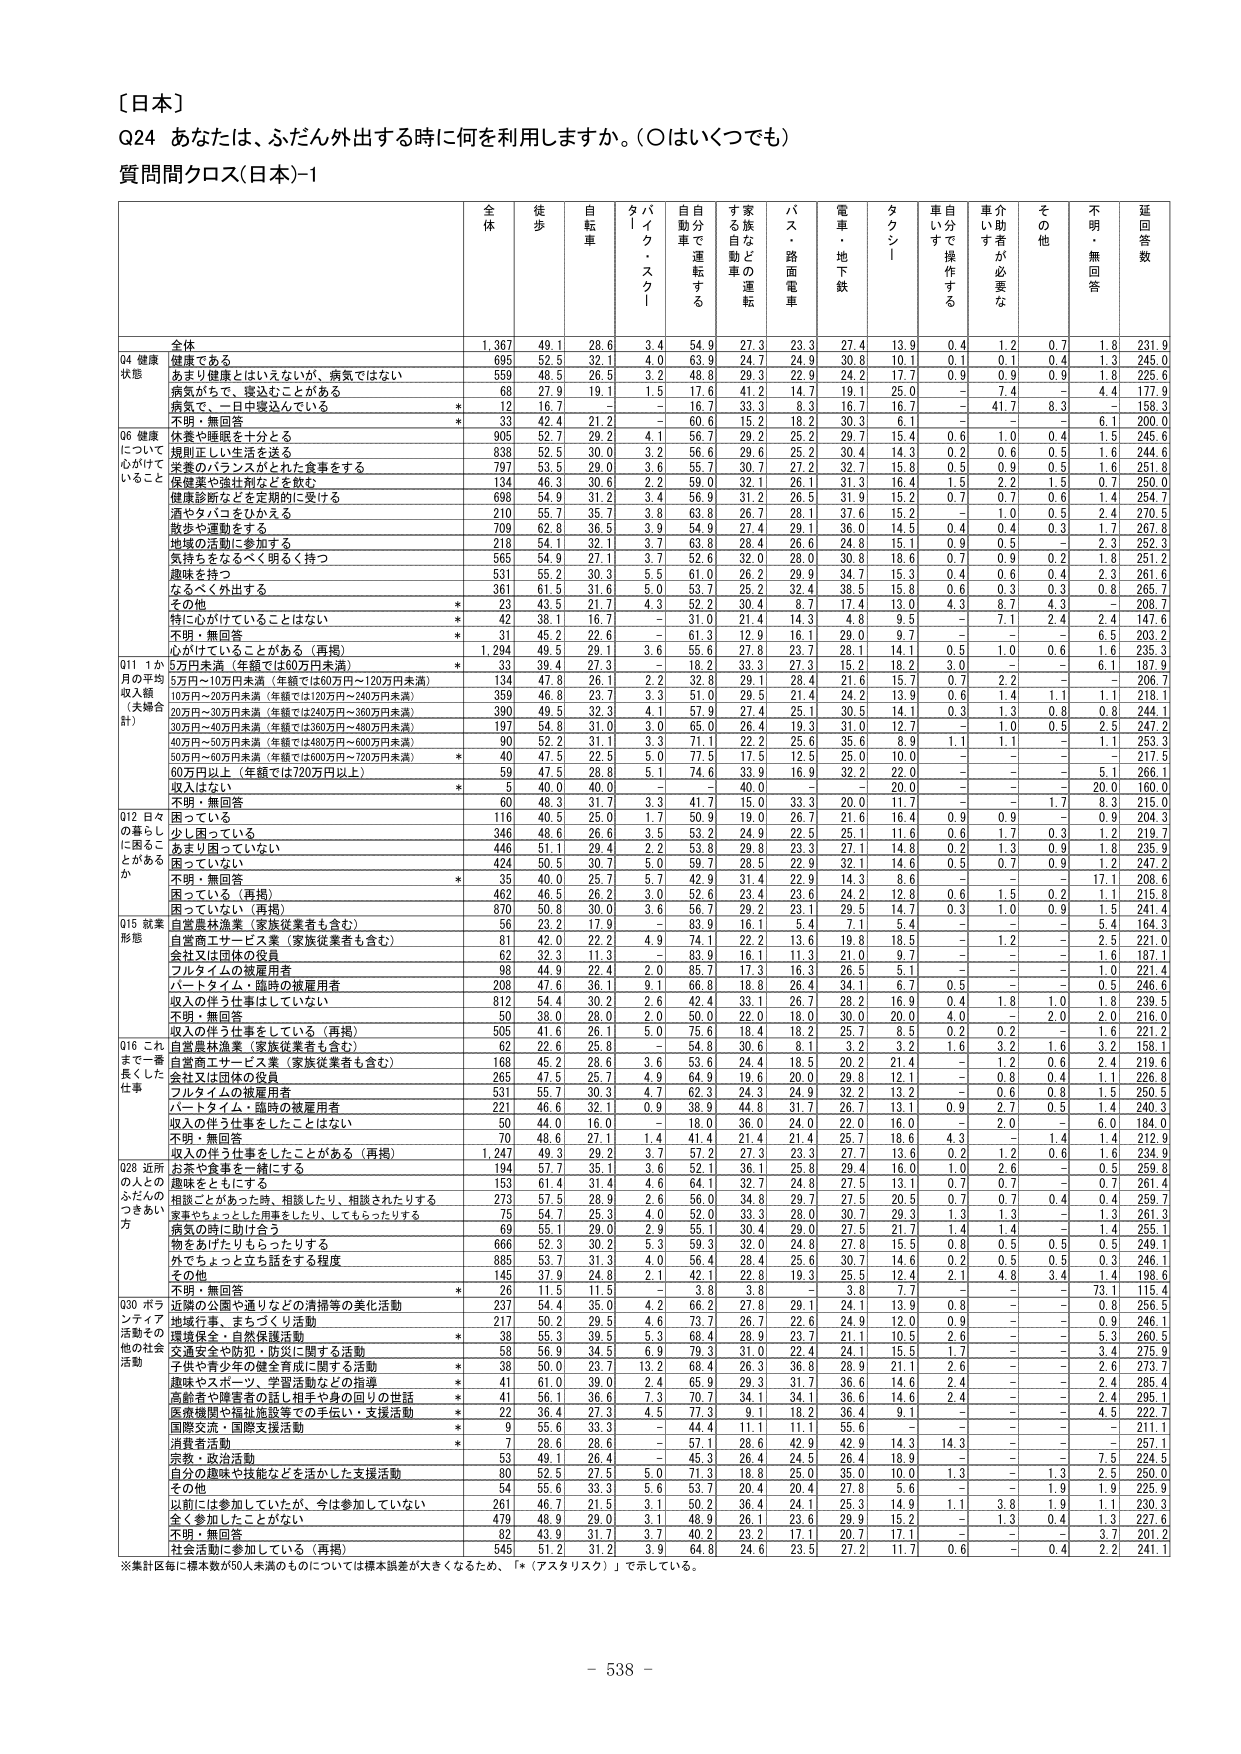
〔日本〕

Q24 あなたは、ふだん外出する時に何を利用しますか。（○はいくつでも）

質問間クロス（日本）-1

全体 徒歩 自転車 タイム・スクール 自動車で運転する 家族などの運転 バス・路面電車 電車・地下鉄 タクシー 車自らで操作する 介助者が必要な その他 不明・無回答 延回答数

全体 1,367 49.1 28.6 3.4 54.9 27.3 23.3 27.4 13.9 0.4 1.2 0.7 1.8 231.9

Q4 健康状態
健康である 695 52.5 32.1 4.0 63.9 24.7 24.9 30.8 10.1 0.1 0.1 0.4 1.3 245.0
あまり健康とはいえないが、病気ではない 559 48.5 26.5 3.2 48.8 29.3 22.9 24.2 17.7 0.9 0.9 0.9 1.8 225.6
病気があって、寝込むことがある 68 27.9 19.1 1.5 17.6 41.2 14.7 19.1 25.0 - 7.4 - 4.4 177.9
病気で、一日中寝込んでいる * 12 16.7 - - 16.7 33.3 8.3 16.7 16.7 - 41.7 8.3 - 158.3
不明・無回答 * 33 42.4 21.2 - 60.6 15.2 18.2 30.3 6.1 - - - 6.1 200.0

Q6 健康について心がけていること
休養や睡眠を十分とる 905 52.7 29.2 4.1 56.7 29.2 25.2 29.7 15.4 0.6 1.0 0.4 1.5 245.6
規則正しい生活を送る 838 52.5 30.0 3.2 56.6 29.6 25.2 30.4 14.3 0.2 0.6 0.5 1.6 244.6
栄養のバランスがとれた食事をする 797 53.5 29.0 3.6 55.7 30.7 27.2 32.7 15.8 0.5 0.9 0.5 1.6 251.8
健康薬や強壮剤などを飲む 134 46.3 30.6 2.2 59.0 32.1 26.1 31.3 16.4 1.5 2.2 1.5 0.7 250.0
健康診断などを定期的に受ける 698 54.9 31.2 3.4 56.9 31.2 26.5 31.9 15.2 0.7 0.7 0.6 1.4 254.7
酒やタバコをひかえる 210 55.7 35.7 3.8 63.8 26.7 28.1 37.6 15.2 - 1.0 0.5 2.4 270.5
散歩や運動をする 709 62.8 36.5 3.9 54.9 27.4 29.1 36.0 14.5 0.4 0.4 0.3 1.7 267.8
地域の活動に参加する 218 54.1 32.1 3.7 63.8 28.4 26.6 24.8 15.1 0.9 0.5 - 2.3 252.3
気持ちをなるべく明るく持つ 563 54.9 27.1 3.7 52.6 32.0 26.0 30.8 18.6 0.7 0.9 0.2 1.8 251.2
趣味を持つ 531 55.2 30.3 5.5 61.0 28.2 29.9 34.5 15.3 0.4 0.6 0.4 2.3 261.6
なるべく外出する 381 61.5 31.6 5.0 53.2 32.4 32.4 39.5 15.8 0.6 0.3 0.3 0.8 263.7
その他 * 23 43.5 21.7 4.3 52.2 30.4 8.7 17.4 13.0 4.3 8.7 4.3 - 208.7
特に心がけていることはない * 42 38.1 16.7 - 31.0 21.4 14.3 4.8 9.5 - 7.1 2.4 2.4 147.6
不明・無回答 * 31 45.2 22.6 - 61.3 12.9 16.1 29.0 9.7 - - - 6.5 203.2
心がけていることがある（再掲） 1,294 49.5 29.1 3.6 55.6 27.8 23.7 28.1 14.1 0.5 1.0 0.6 1.6 235.3

Q11 1か月の平均収入額（夫婦合計）
5万円未満（年額では60万円未満） * 33 39.4 27.3 - 18.2 33.3 27.3 15.2 18.2 3.0 - - 6.1 187.9
5万円～10万円未満（年額では60万円～120万円未満） 134 47.8 26.1 2.2 32.8 29.1 28.4 21.6 15.7 0.7 2.2 - - 206.7
10万円～20万円未満（年額では120万円～240万円未満） 359 46.8 23.7 3.3 51.0 29.5 21.4 24.2 13.9 0.6 1.4 1.1 1.1 218.1
20万円～30万円未満（年額では240万円～360万円未満） 390 49.5 32.3 4.1 57.9 27.4 25.1 30.5 14.1 0.3 1.3 0.8 0.8 244.1
30万円～40万円未満（年額では360万円～480万円未満） 197 54.8 31.0 3.0 65.0 26.4 19.3 31.0 12.7 - 1.0 0.5 2.5 247.2
40万円～50万円未満（年額では480万円～600万円未満） 90 52.2 31.1 3.3 71.1 22.2 25.6 35.6 8.9 1.1 1.1 - 1.1 253.3
50万円～60万円未満（年額では600万円～720万円未満） * 40 47.5 22.5 5.0 77.5 17.5 12.5 25.0 10.0 - - - - 217.5
60万円以上（年額では720万円以上） 59 47.5 28.8 5.1 74.6 33.9 16.9 32.2 22.0 - - - 5.1 266.1
収入はない * 5 40.0 40.0 - - 40.0 - - 20.0 - - - 20.0 160.0
不明・無回答 60 48.3 31.7 3.3 41.7 15.0 33.3 20.0 11.7 - - 1.7 8.3 215.0

Q12 日々の暮らしに困ることがあるか
困っている 116 40.5 25.0 1.7 50.9 19.0 26.7 21.6 16.4 0.9 0.9 - 0.9 204.3
少し困っている 346 48.6 26.6 3.5 53.2 24.9 22.5 25.1 11.6 0.6 1.7 0.3 1.2 219.7
あまり困っていない 446 51.1 29.4 2.2 53.8 29.8 23.3 27.1 14.8 0.2 1.3 0.9 1.8 235.9
困っていない 424 50.5 30.7 5.0 59.7 28.5 22.9 32.1 14.6 0.5 0.7 0.9 1.2 247.2
不明・無回答 * 35 40.0 25.7 5.7 42.9 31.4 22.9 14.3 8.6 - - - 17.1 208.6
困っている（再掲） 462 46.5 26.2 3.0 52.6 23.4 23.6 24.2 12.8 0.6 1.5 0.2 1.1 215.8
困っていない（再掲） 870 50.8 30.0 3.6 56.7 29.2 23.1 29.5 14.7 0.3 1.0 0.9 1.5 241.4

Q15 就業形態
自営業従業者（家族従業者も含む） 56 23.2 17.9 - 83.9 16.1 25.0 7.1 5.4 - - - 5.4 164.3
自営商工サービス業（家族従業者も含む） 81 42.0 22.2 4.9 74.1 22.2 13.6 19.8 18.5 - 1.2 - 2.5 221.0
会社又は団体の役員 62 32.3 11.3 - 83.9 16.1 11.3 21.0 9.7 - - - 1.6 187.1
フルタイムの被雇用者 98 44.9 22.4 2.0 85.7 17.3 16.3 26.5 5.1 - - - 1.0 221.4
パートタイム・臨時の被雇用者 208 47.6 36.1 9.1 66.8 18.8 26.4 34.1 6.7 0.5 - - 0.5 246.6
収入の伴う仕事はしていない 812 54.4 30.2 2.6 42.4 33.1 26.7 28.2 16.9 0.4 1.8 1.0 1.8 239.5
不明・無回答 50 38.0 28.0 2.0 50.0 22.0 18.0 30.0 20.0 4.0 - 2.0 2.0 216.0

Q16 これまで一番長くした仕事
収入の伴う仕事をしている（再掲） 505 41.6 26.1 5.0 75.6 18.4 18.2 25.7 8.5 0.2 0.2 - 1.6 221.2
自営農林漁業（家族従業者も含む） 62 22.6 25.8 - 54.8 30.6 8.1 3.2 3.2 1.6 3.2 1.6 3.2 158.1
自営商工サービス業（家族従業者も含む） 168 45.2 28.6 3.6 53.6 24.4 18.5 20.2 21.4 - 1.2 0.6 2.4 219.6
会社又は団体の役員 265 47.5 25.7 4.9 64.9 19.6 20.0 29.8 12.1 - 0.8 0.4 1.1 226.8
フルタイムの被雇用者 531 55.7 30.3 4.7 62.3 24.3 24.9 32.2 13.2 - 0.6 0.8 1.5 250.5
パートタイム・臨時の被雇用者 221 46.6 32.1 0.9 38.9 44.8 31.7 26.7 13.1 0.9 2.7 0.5 1.4 240.3
収入の伴う仕事をしたことはない 50 44.0 16.0 - 18.0 36.0 24.0 22.0 16.0 - 2.0 - 6.0 184.0
不明・無回答 70 48.6 27.1 1.4 41.4 21.4 21.4 25.7 18.6 4.3 - 1.4 1.4 212.9
収入の伴う仕事をしたことがある（再掲） 1,247 49.3 29.2 3.7 57.2 27.3 23.3 27.7 13.6 0.2 1.2 0.6 1.6 234.9

Q28 近所の人とのふだんのつきあい方
お茶や食事を一緒にする 194 57.7 35.1 3.6 52.1 36.1 25.8 29.4 16.0 1.0 2.6 - 0.5 259.8
趣味をともにする 153 61.4 31.4 4.6 64.1 32.7 24.8 27.5 13.1 0.7 0.7 - 0.7 261.4
相談ごとがあった時、相談したり、相談されたりする 273 57.5 28.9 2.6 56.0 34.8 29.7 27.5 20.5 0.7 0.7 0.4 0.4 259.7
家事やちょっとした用事をしたり、してもらったりする 75 54.7 25.3 4.0 52.0 33.3 28.0 30.7 29.3 1.3 1.3 - 1.3 261.3
病気の時に助け合う 69 55.1 29.0 2.9 55.1 30.4 29.0 27.5 21.7 1.4 1.4 - 1.4 255.1
物をあげたりもらったりする 886 52.3 30.2 5.3 59.3 32.0 24.8 27.8 15.5 0.8 0.5 0.5 0.5 249.1
外でちょっと立ち話をする程度 885 53.7 31.3 4.0 56.4 28.4 25.6 30.7 14.6 0.2 0.5 0.5 0.3 246.1
その他 145 37.9 24.8 2.1 42.1 22.8 19.3 25.5 12.4 2.1 4.8 3.4 1.4 198.6
不明・無回答 * 28 11.5 11.5 - 3.8 3.8 - 3.8 7.7 - - - 73.1 115.4

Q30 ボランティア活動その他の社会活動
近隣の公園や通りなどの清掃等の美化活動 237 54.4 35.0 4.2 66.2 27.8 29.1 24.1 13.9 0.8 - - 0.8 256.5
地域行事、まちづくり活動 217 50.2 29.5 4.6 73.7 26.7 22.6 24.9 12.0 0.9 - - 0.9 246.1
環境保全・自然保護活動 * 38 55.3 39.5 5.3 68.4 28.9 23.7 21.1 10.5 2.6 - - 5.3 260.5
交通安全や防犯・防災に関する活動 58 56.9 34.5 6.9 79.3 31.0 22.4 24.1 15.5 1.7 - - 3.4 275.9
子供や青少年の健全育成に関する活動 * 38 50.0 23.7 13.2 68.4 26.3 36.8 28.9 21.1 2.6 - - 2.6 273.7
趣味やスポーツ、学習活動などの指導 * 41 61.0 39.0 2.4 65.9 29.3 31.7 36.6 14.6 2.4 - - 2.4 285.4
高齢者や障害者の話し相手や身の回りの世話 * 41 56.1 36.6 7.3 70.7 34.1 34.1 36.6 14.6 2.4 - - 2.4 295.1
医療機関や福祉施設等での手伝い・支援活動 * 22 36.4 27.3 4.5 77.3 9.1 18.2 36.4 9.1 - - - 4.5 222.7
国際交流・国際支援活動 * 9 55.6 33.3 - 44.4 11.1 11.1 55.6 - - - - - 211.1
消費者活動 * 7 28.6 28.6 - 57.1 28.6 42.9 42.9 14.3 14.3 - - - 257.1
宗教・政治活動 53 49.1 26.4 - 45.3 26.4 24.5 26.4 18.9 - - - 7.5 224.5
自分の趣味や技能などを活かした支援活動 80 52.5 27.5 5.0 71.3 18.8 25.0 35.0 10.0 1.3 - 1.3 2.5 250.0
その他 54 55.6 33.3 5.6 53.7 20.4 20.4 27.8 5.6 - - 1.9 1.9 225.9
以前には参加していたが、今は参加していない 261 46.7 21.5 3.1 50.2 36.4 24.1 25.3 14.9 1.1 3.8 1.9 1.1 230.3
全く参加したことがない 479 48.9 29.0 3.1 48.9 26.1 23.6 29.9 15.2 - 1.3 0.4 1.3 227.6
不明・無回答 82 43.9 31.7 3.7 40.2 23.2 17.1 20.7 17.1 - - - 3.7 201.2
社会活動に参加している（再掲） 545 51.2 31.2 3.9 64.8 24.6 23.5 27.2 11.7 0.6 - 0.4 2.2 241.1

※集計毎に標本数が50人未満のものについては標本誤差が大きくなるため、「*（アスタリスク）」で示している。

- 538 -